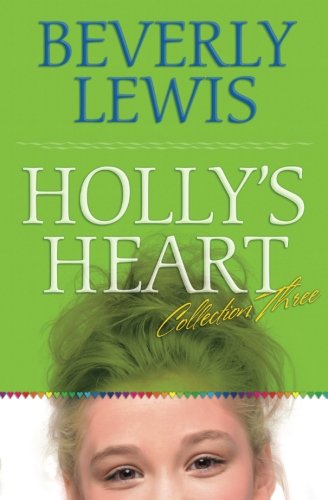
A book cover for Holly's Heart, Volume 3: Freshman Frenzy/Mystery Letters/Eight is Enough/It's a Girl Thing (Holly's Heart 11-14); Beverly Lewis; Teen & Young Adult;